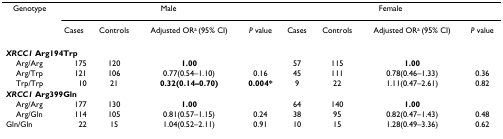
| Genotype | <COLSPAN=4> Male | <COLSPAN=4> Female |
 |  | Cases | Controls | Adjusted ORa (95% CI) | P value | Cases | Controls | Adjusted ORa (95% CI) | P value |
 | --- | --- | --- | --- | --- | --- | --- | --- | --- |
 | <COLSPAN=9> XRCC1 Arg194Trp |
 | Arg/Arg | 175 | 120 | 1.00 |  | 57 | 115 | 1.00 |  |
 | Arg/Trp | 121 | 106 | 0.77(0.54–1.10) | 0.16 | 45 | 111 | 0.78(0.46–1.33) | 0.36 |
 | Trp/Trp | 10 | 21 | 0.32(0.14–0.70) | 0.004* | 9 | 22 | 1.11(0.47–2.61) | 0.82 |
 | <COLSPAN=9> XRCC1 Arg399Gln |
 | Arg/Arg | 177 | 130 | 1.00 |  | 64 | 140 | 1.00 |  |
 | Arg/Gln | 114 | 105 | 0.81(0.57–1.15) | 0.24 | 38 | 95 | 0.82(0.47–1.43) | 0.48 |
 | Gln/Gln | 22 | 15 | 1.04(0.52–2.11) | 0.91 | 10 | 15 | 1.28(0.49–3.36) | 0.62 |